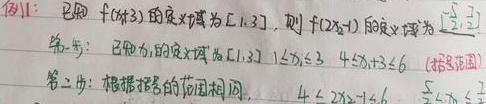
例11：已知\(f(x + 3)\)的定义域为\([1,3]\)，则\(f(2x - 1)\)的定义域为\([\frac{5}{2}, \frac{7}{2}]\)。
第一步：已知\(x\)的定义域为\([1,3]\)，即\(1\leq x\leq 3\)，由此可得\(4\leq x + 3\leq 6\)（括号范围）。
第二步：根据括号的范围相同，有\(4\leq 2x - 1\leq 6\)，解这个不等式可得\(\frac{5}{2}\leq x\leq \frac{7}{2}\) 。